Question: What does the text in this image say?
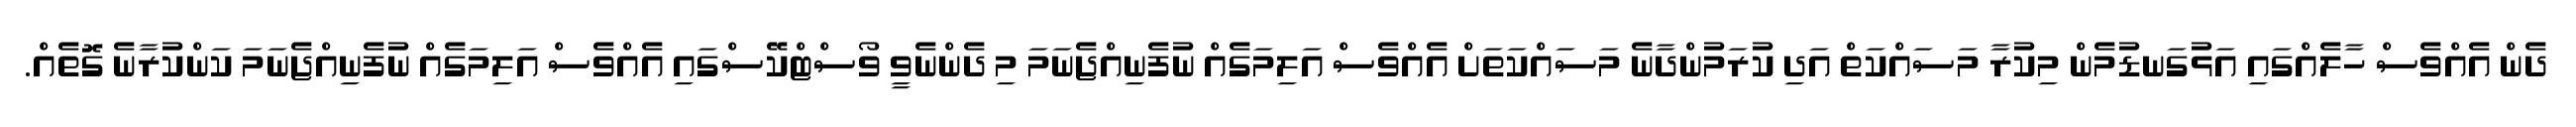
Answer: ދެން އެއްވެސް ހާލެއްގައި އަޅުގަނޑުމެން މިކުރާ މަސައްކަތް އަދި ކުރަމުންދާނެ މަސައްކަތަށް އެއްވެސް އަލިމަގެއް ނުފެނިއްޖެނަމަ މި ދެންނެވީ ވޯސްޓްކޭސްގައި އެއްވެސް އަލިމަގެއް ނުފެނިއްޖެނަމަ ކަންކުރާނެ ގޮތެއް.